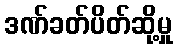
ဒဏ်ခတ်ပိတ်ဆို့မှု